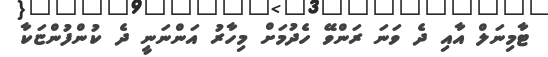
ޓާމިނަލް އާއި ދެ ވަނަ ރަންވޭ ހެދުމަށް މިހާރު އަންނަނީ ދެ ކުންފުންޏަކާ